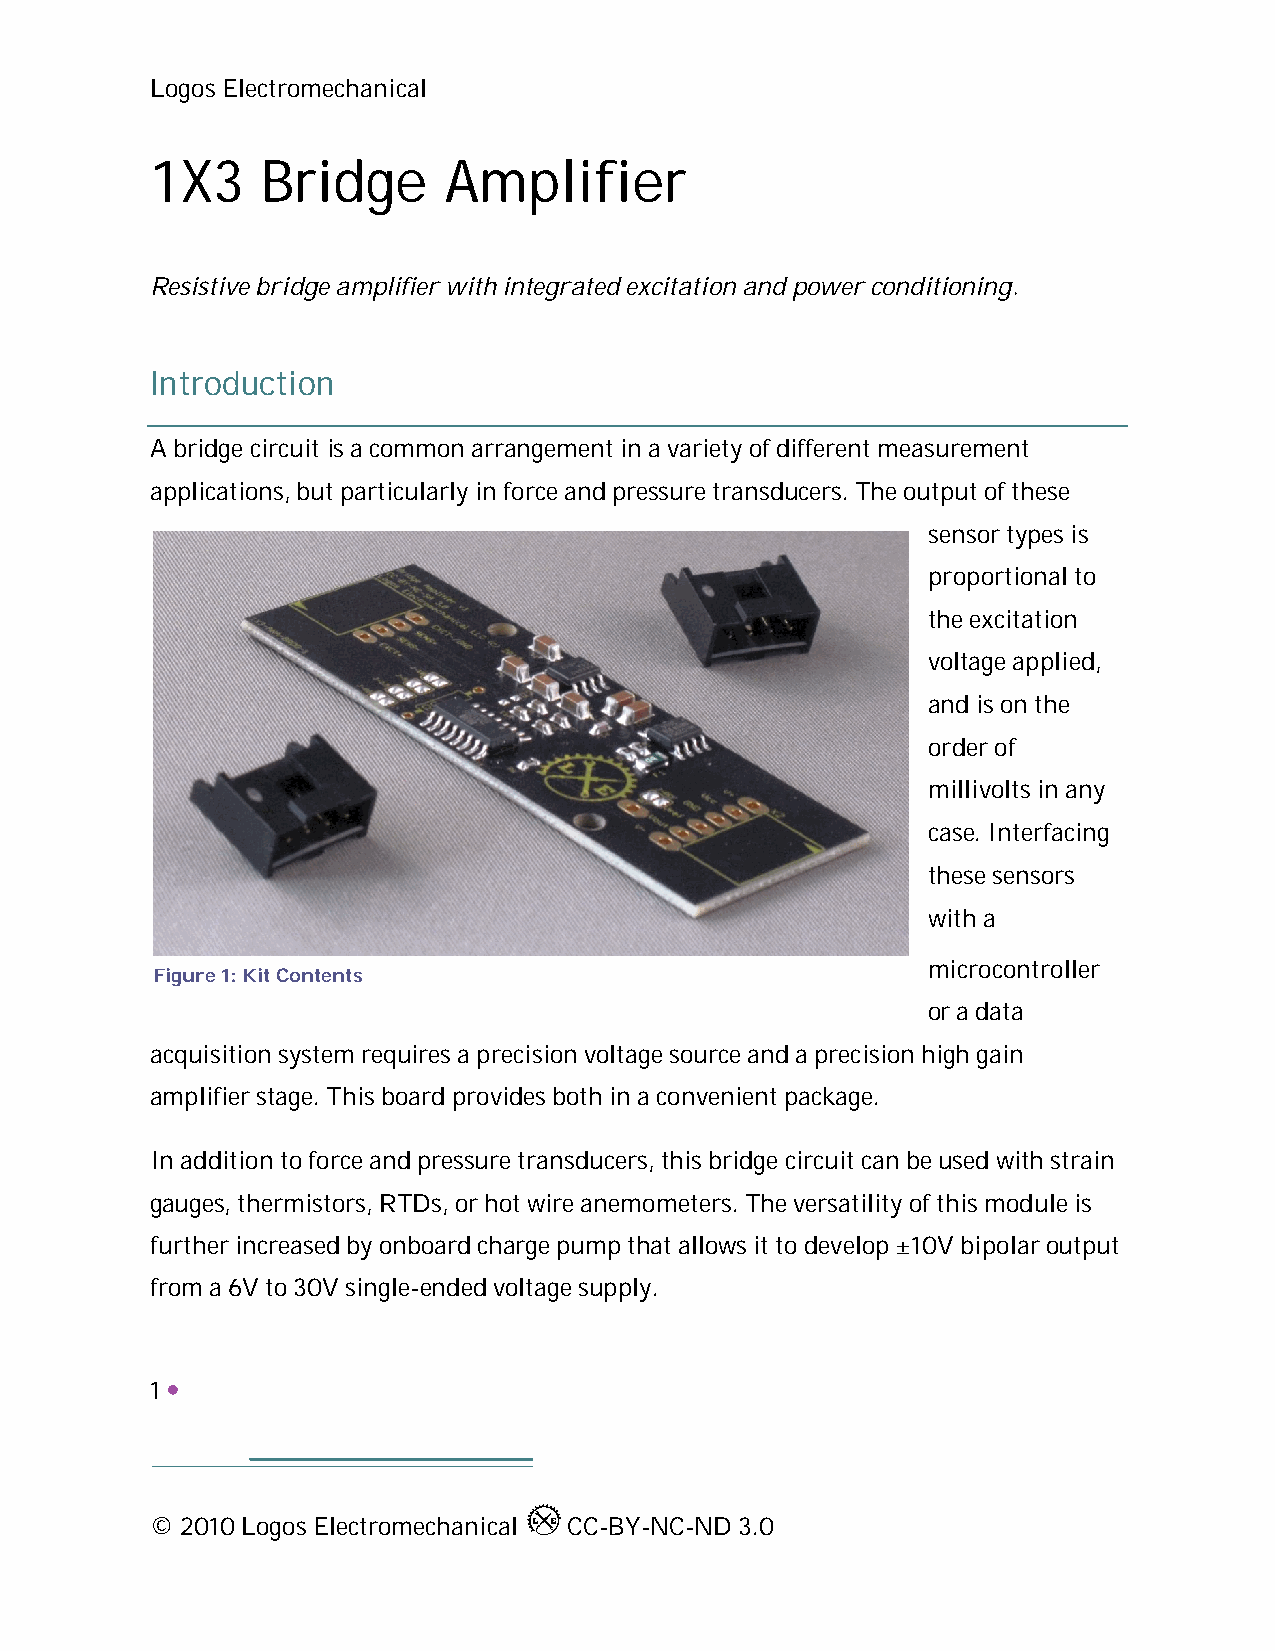
Logos Electromechanical
 1X3    Bridge      Amplifier
 Resistive bridge amplifier with integrated excitation and power conditioning.
 Introduction
 A bridge circuit is a common arrangement in a variety of different measurement
 applications, but particularly in force and pressure transducers. The output of these
 sensor types is
 proportional to
 the excitation
 voltage applied,
 and is on the
 order of
 millivolts in any
 case. Interfacing
 these sensors
 with a
 Figure 1: Kit Contents
 microcontroller
 or a data
 acquisition system requires a precision voltage source and a precision high gain
 amplifier stage. This board provides both in a convenient package.
 In addition to force and pressure transducers, this bridge circuit can be used with strain
 gauges, thermistors, RTDs, or hot wire anemometers. The versatility of this module is
 further increased by onboard charge pump that allows it to develop ±10V bipolar output
 from a 6V to 30V single-ended voltage supply.
 1 
 © 2010 Logos Electromechanical CC-BY-NC-ND 3.0